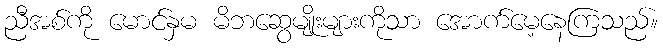
ညီအစ်ကို မောင်နှမ မိဘဆွေမျိုးများကိုသာ အောက်မေ့နေကြသည်။